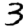
Digit: 3